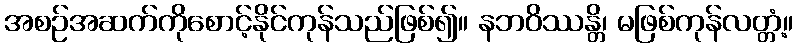
အစဉ်အဆက်ကိုစောင့်နိုင်ကုန်သည်ဖြစ်၍။ နဘဝိဿန္တိ၊ မဖြစ်ကုန်လတ္တံ့။